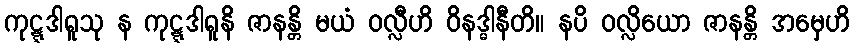
ကုဋ္ဋဒါရူသု န ကုဋ္ဋဒါရူနိ ဇာနန္တိ မယံ ဝလ္လီဟိ ဝိနဒ္ဓါနီတိ။ နပိ ဝလ္လိယော ဇာနန္တိ အမှေဟိ